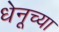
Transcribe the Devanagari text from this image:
धेनूच्या